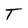
Character: T